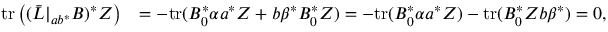
\begin{array} { r l } { \mathrm { t r } \left( ( \Bar L | _ { a b ^ { \ast } } B ) ^ { \ast } Z \right) } & { = - \mathrm { t r } ( B _ { 0 } ^ { \ast } \alpha a ^ { \ast } Z + b \beta ^ { \ast } B _ { 0 } ^ { \ast } Z ) = - \mathrm { t r } ( B _ { 0 } ^ { \ast } \alpha a ^ { \ast } Z ) - \mathrm { t r } ( B _ { 0 } ^ { \ast } Z b \beta ^ { \ast } ) = 0 , } \end{array}